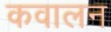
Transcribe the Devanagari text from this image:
कवालन